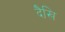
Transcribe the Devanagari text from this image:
दैखि